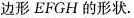
边形EFGH的形状.